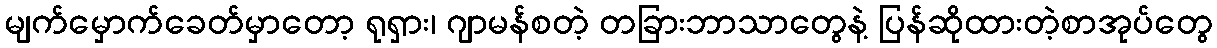
မျက်မှောက်ခေတ်မှာတော့ ရုရှား၊ ဂျာမန်စတဲ့ တခြားဘာသာတွေနဲ့ ပြန်ဆိုထားတဲ့စာအုပ်တွေ